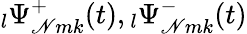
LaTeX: \phantom{}_{l}\Psi_{\mathscr{N}mk}^{+}(t),\phantom{}_{l}\Psi_{\mathscr{N}mk}^{-}(t)